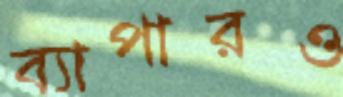
ব্যাপারও